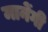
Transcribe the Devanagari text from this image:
मानेंगी